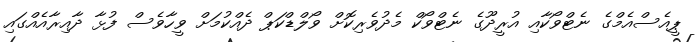
ޕީއެސްއެމްގެ ނެޓްވޯކާއި އުރީދޫގެ ނެޓްވޯކް މެދުވެރިކޮށް ވޯލްޑްކަޕް ދެއްކުމަށް ވީހާވެސް ފުޅާ ދާއިރާއެއްގައި